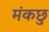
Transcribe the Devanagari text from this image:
मंकछु